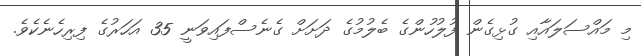
މި މައްސަލައާއި ގުޅިގެން ފުލުހުންގެ ބެލުމުގެ ދަށަށް ގެނެސްފައިވަނީ 35 އަހަރުގެ ފިރިހެނެކެވެ.